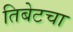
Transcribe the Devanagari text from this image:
तिबेटचा